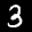
Label: 3